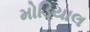
મોડિયાલ